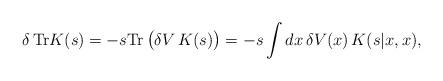
LaTeX: \begin{align*}\delta \,{\rm Tr}K(s)=-s{\rm Tr}\, \big(\delta V\,K(s)\big) =-s\int dx\,\delta V(x)\,K(s|x,x), \end{align*}